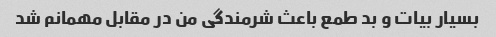
بسیار بیات و بد طمع باعث شرمندگی من در مقابل مهمانم شد